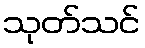
သုတ်သင်